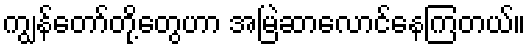
ကျွန်တော်တို့တွေဟာ အမြဲဆာလောင်နေကြတယ်။